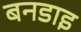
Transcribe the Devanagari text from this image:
बनडाइ